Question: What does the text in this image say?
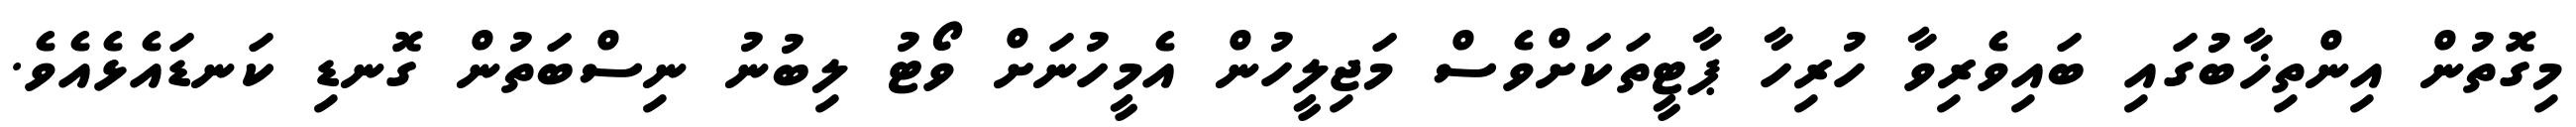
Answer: މިގޮތުން އިންތިޚާބުގައި ބައިވެރިވާ ހުރިހާ ޕާޓީތަކަށްވެސް މަޖިލީހުން އެމީހުނަށް ވޯޓު ލިބުނު ނިސްބަތުން ގޮނޑި ކަނޑައެޅެއެވެ.